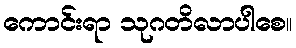
ကောင်းရာ သုဂတိလာပါစေ။